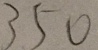
3 5 0